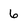
Character: 6